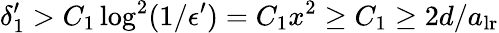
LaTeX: \delta_{1}^{\prime}>C_{1}\log^{2}(1/\epsilon^{\prime})=C_{1}x^{2}\geq C_{1}\geq 2d/a_{\mathrm{lr}}